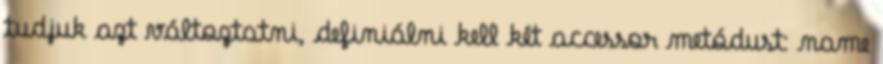
tudjuk azt változtatni, definiálni kell két accessor metódust: name